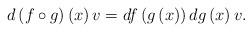
LaTeX: \begin{align*}d\left( f\circ g\right) \left( x\right) v=df\left( g\left( x\right)\right) dg\left( x\right) v.\end{align*}